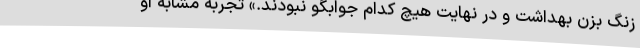
زنگ بزن بهداشت و در نهایت هیچ کدام جوابگو نبودند.» تجربه مشابه او